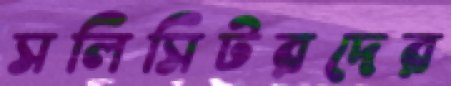
সলিসিটরদের